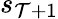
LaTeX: s_{\mathcal{T}+1}